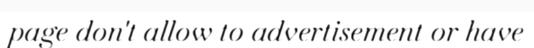
page don't allow to advertisement or have